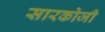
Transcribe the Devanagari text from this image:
सारकोजी